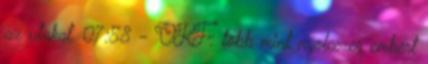
az utakat. 07:58 - OKF: több mint nyolcezer embert